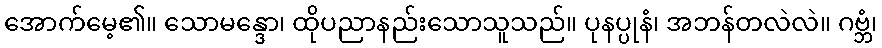
အောက်မေ့၏။ သောမန္ဒော၊ ထိုပညာနည်းသောသူသည်။ ပုနပ္ပုနံ၊ အဘန်တလဲလဲ။ ဂဗ္ဘံ၊